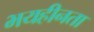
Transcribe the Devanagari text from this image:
भयहीनता